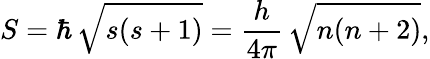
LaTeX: S=\hbar\, {\sqrt{s(s+1)}}={\frac{h}{4\pi}}\, {\sqrt{n(n+2)}},